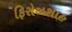
ફિરોઝશાહ